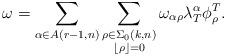
LaTeX: \begin{align*} \omega = \sum_{ \substack{ \alpha \in A(r-1,n) } } \sum_{ \substack{ \rho \in \Sigma_{0}(k,n) \\ \lfloor\rho\rfloor = 0 } } \omega_{\alpha\rho} \lambda_T^{\alpha} \phi^T_{\rho} . \end{align*}